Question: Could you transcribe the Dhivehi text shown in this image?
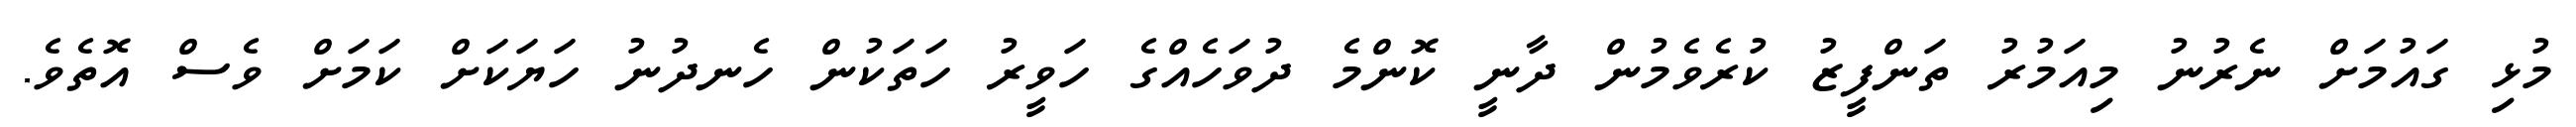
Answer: މުޅި ގައުމަށް ނެރުނު މިއަމުރު ތަންފީޒު ކުރެވެމުން ދާނީ ކޮންމެ ދުވަހެއްގެ ހަވީރު ހަތަކުން ހެނދުނު ހަޔަކަށް ކަމަށް ވެސް އޮތެވެ.